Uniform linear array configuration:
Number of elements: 8
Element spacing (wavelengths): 1
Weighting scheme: hann
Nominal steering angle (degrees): -15
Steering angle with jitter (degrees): -14.43
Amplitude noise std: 0.05
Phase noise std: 0.05

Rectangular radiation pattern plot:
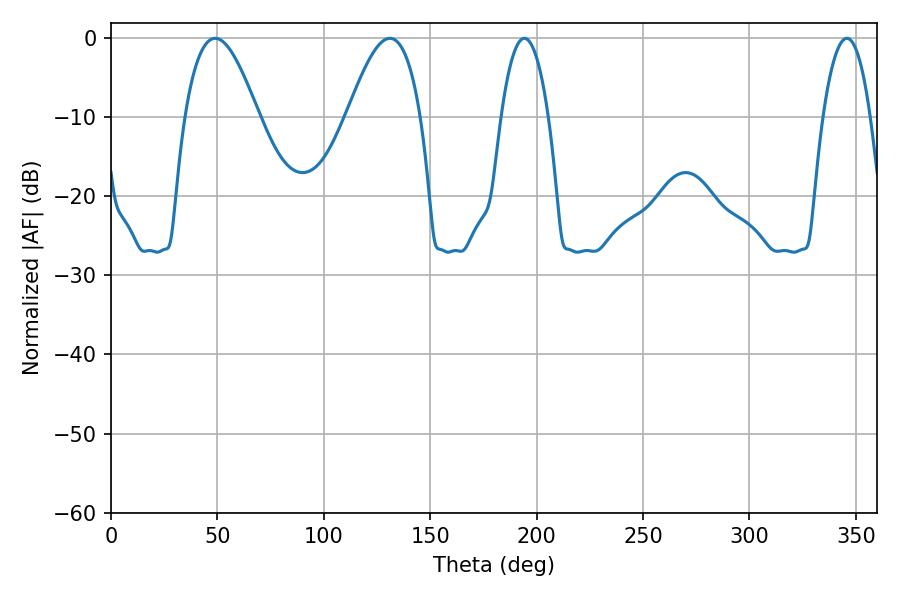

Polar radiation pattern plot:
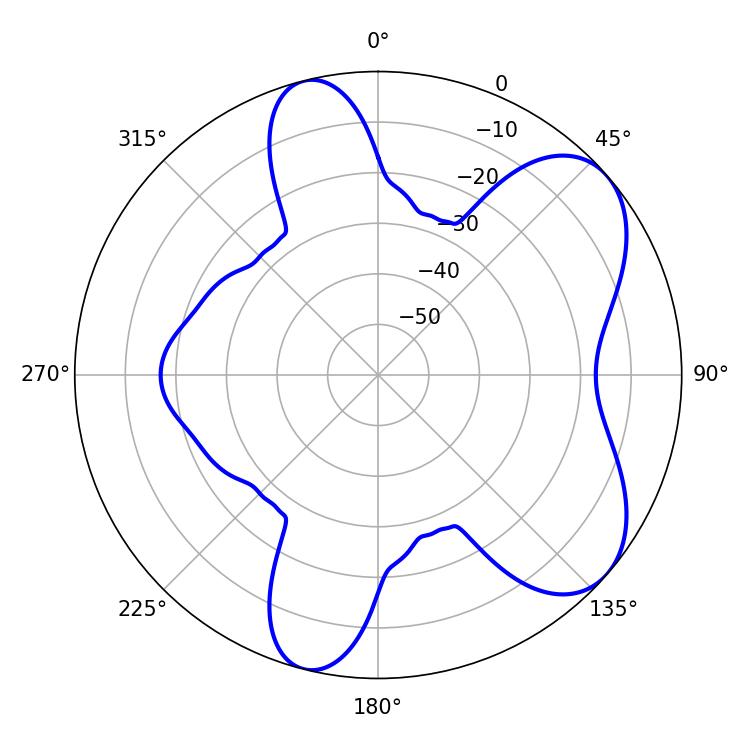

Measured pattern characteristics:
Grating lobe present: TRUE
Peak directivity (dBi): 6.634
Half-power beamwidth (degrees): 18.72
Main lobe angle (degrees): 131.04